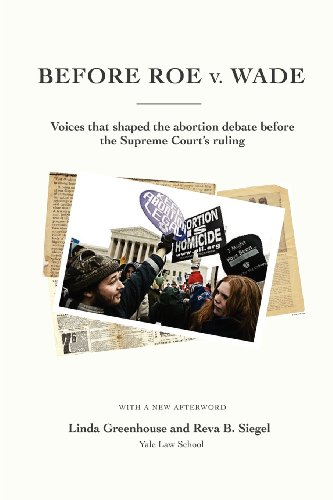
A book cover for Before Roe V. Wade: Voices That Shaped the Abortion Debate Before the Supreme Court's Ruling; Linda Greenhouse; Politics & Social Sciences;